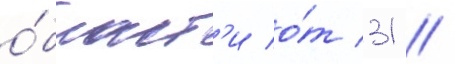
о́бласт'и о́т 31 //